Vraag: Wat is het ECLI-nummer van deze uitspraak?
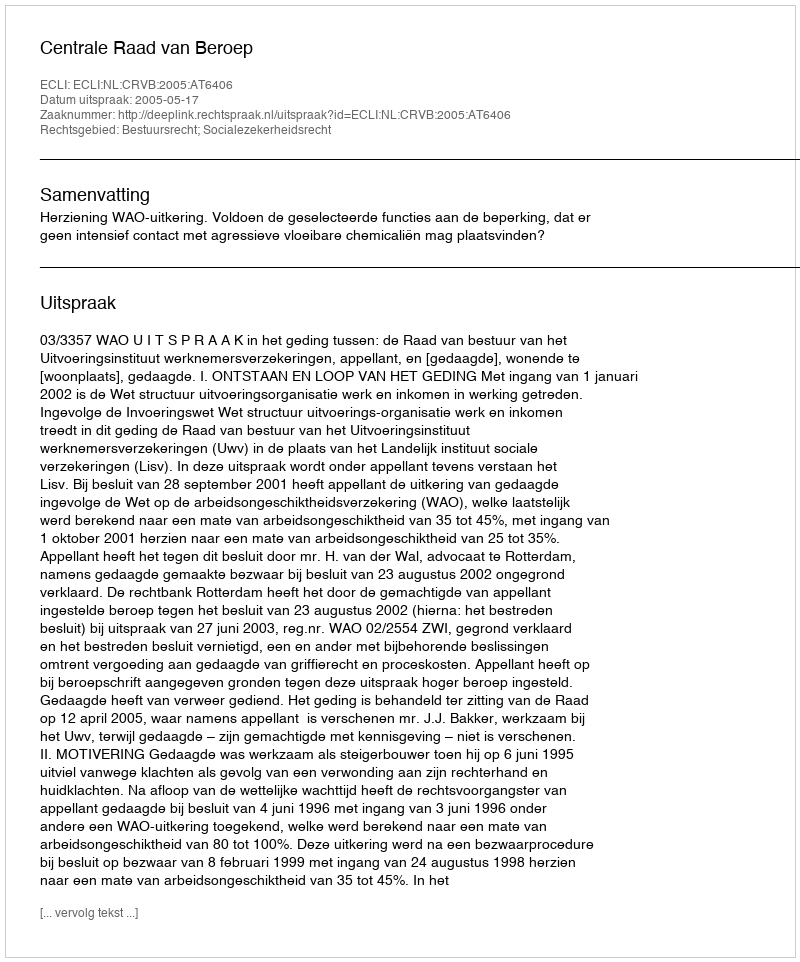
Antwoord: ECLI:NL:CRVB:2005:AT6406